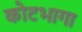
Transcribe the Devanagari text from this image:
कोटभागा